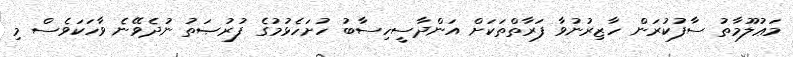
މަޢުލޫމާތު ސާފުކުރަން ހާޒިރުނުވާ ފަރާތްތަކަށް އަންދާސީހިސާބު ހުށަހެޅުމުގެ ފުރުޞަތު ނުދެވޭނެ ވާހަކަވެސް މި